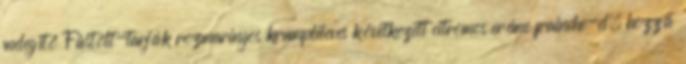
melegítő Füstölt-tarják rozmaringos krumplileves következett citromos créme frainche-el, hozzá